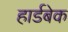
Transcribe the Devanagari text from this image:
हार्डबेक